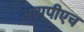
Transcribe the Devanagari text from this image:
आयपीएच